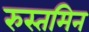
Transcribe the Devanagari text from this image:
रुस्तमिन